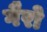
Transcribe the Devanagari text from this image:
गैरो